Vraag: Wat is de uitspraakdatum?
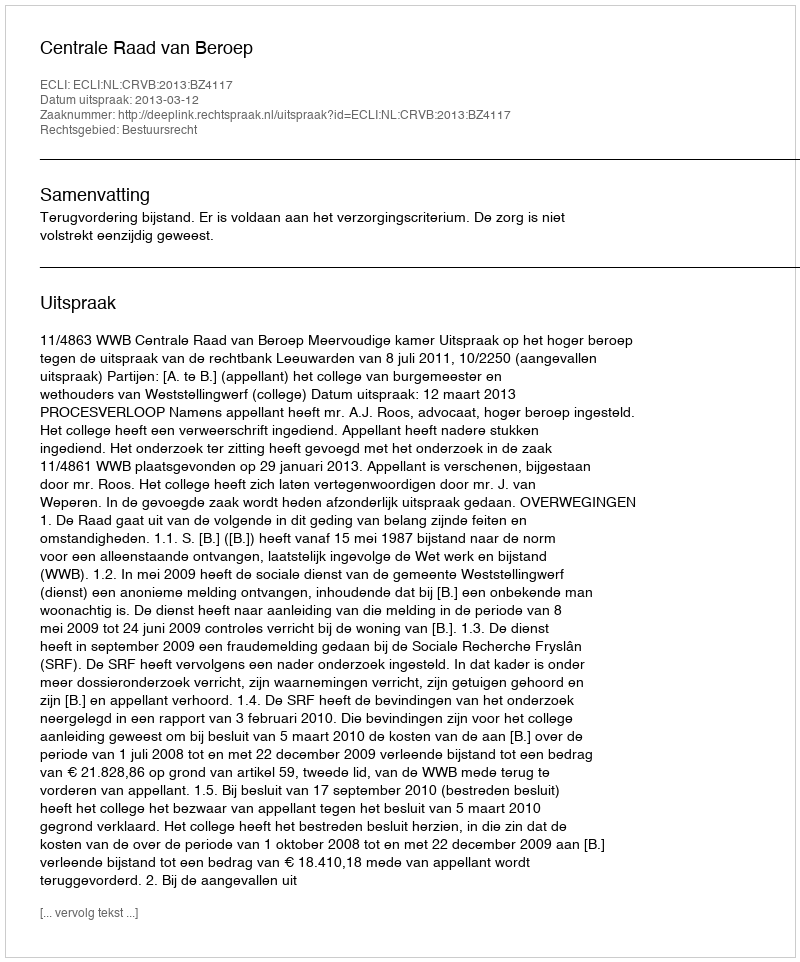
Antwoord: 2013-03-12